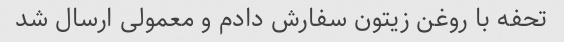
تحفه با روغن زیتون سفارش دادم و معمولی ارسال شد